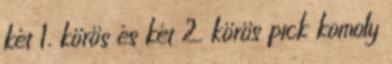
két 1. körös és két 2. körös pick komoly